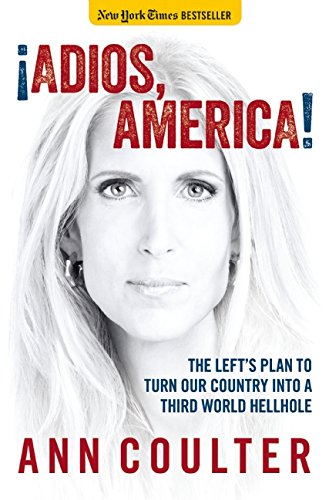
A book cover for Adios, America; Ann Coulter; Politics & Social Sciences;